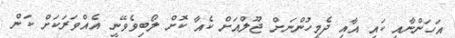
އަހަންނާއި ކައި އާއި ދެމީހުންނަށް ޖޫލްއަށް ކެއާ ކޮށް ލޯބިވެވޭނީ އެއްވަރަކަށް ކަން